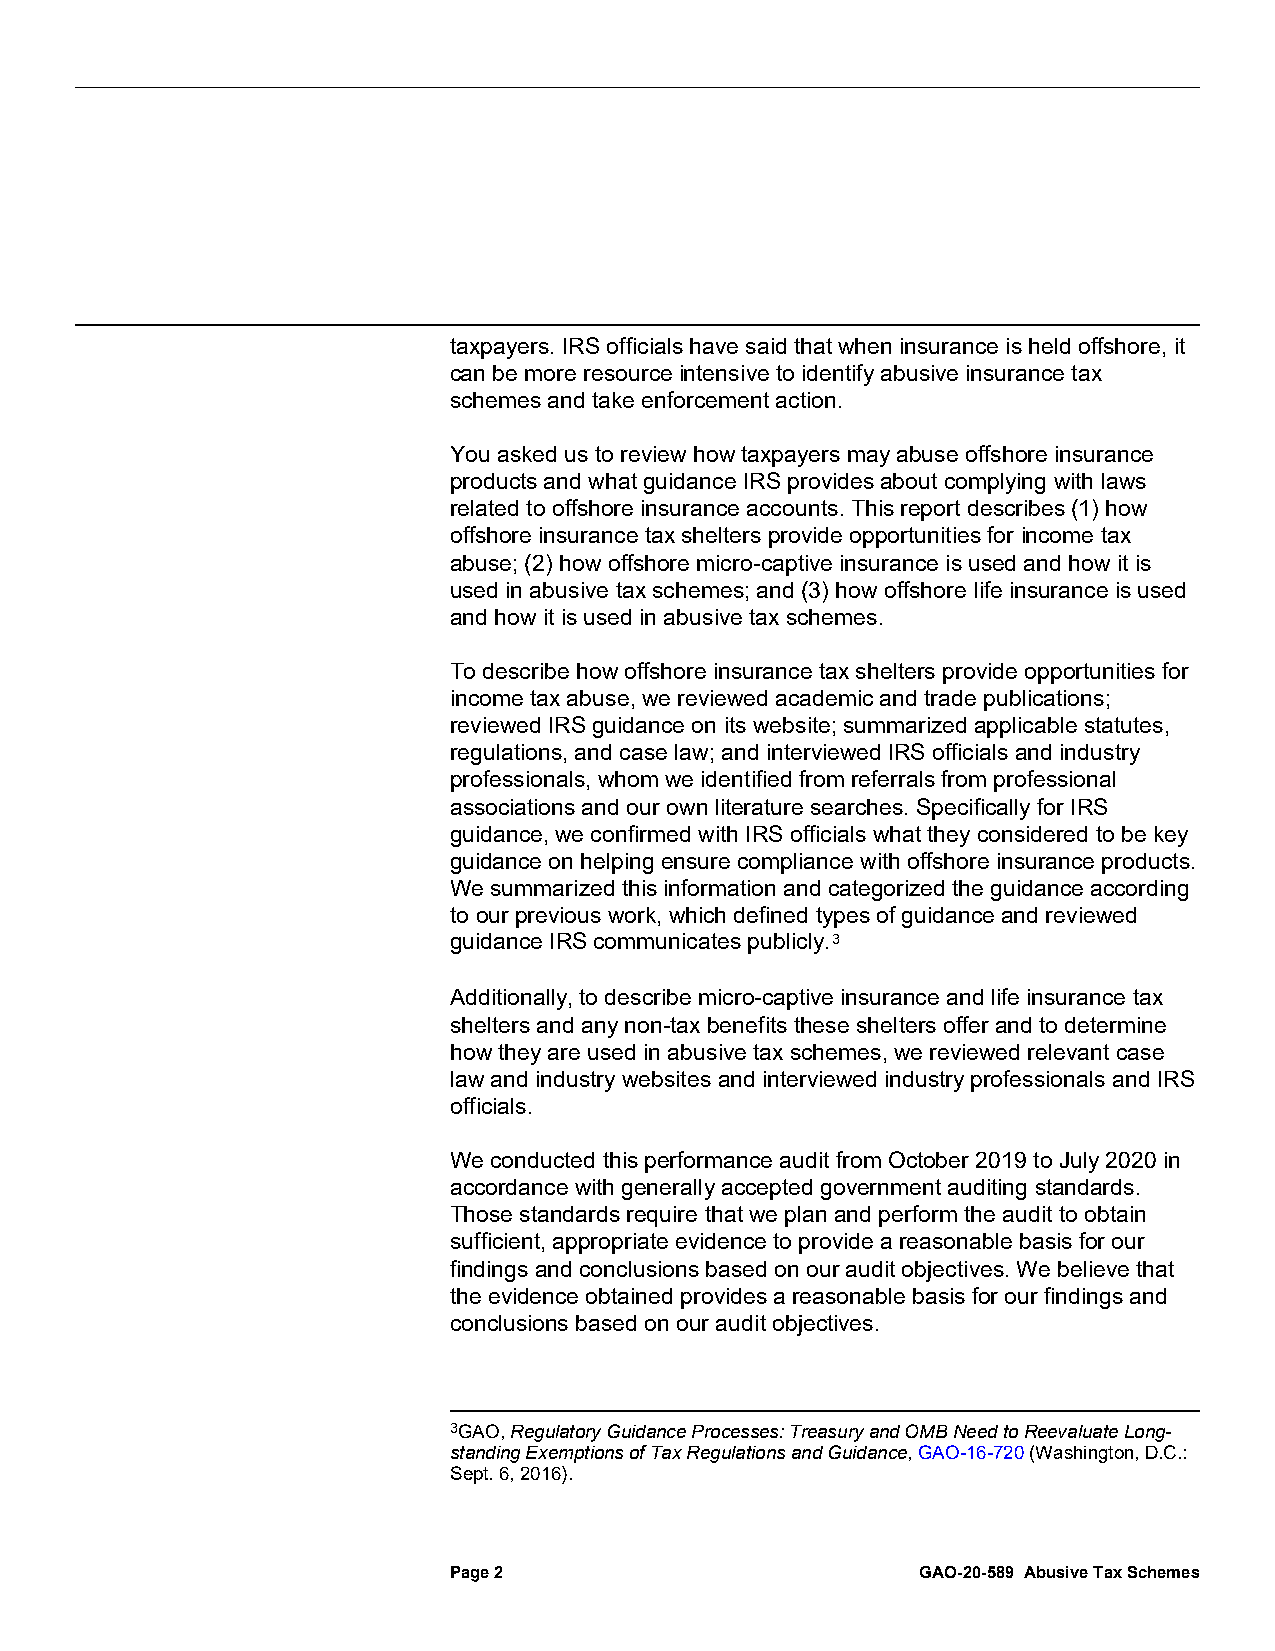
taxpayers. IRS officials have said that when insurance is held offshore, it
 can be more resource intensive to identify abusive insurance tax
 schemes and take enforcement action.
 You asked us to review how taxpayers may abuse offshore insurance
 products and what guidance IRS provides about complying with laws
 related to offshore insurance accounts. This report describes (1) how
 offshore insurance tax shelters provide opportunities for income tax
 abuse; (2) how offshore micro-captive insurance is used and how it is
 used in abusive tax schemes; and (3) how offshore life insurance is used
 and how it is used in abusive tax schemes.
 To describe how offshore insurance tax shelters provide opportunities for
 income tax abuse, we reviewed academic and trade publications;
 reviewed IRS guidance on its website; summarized applicable statutes,
 regulations, and case law; and interviewed IRS officials and industry
 professionals, whom we identified from referrals from professional
 associations and our own literature searches. Specifically for IRS
 guidance, we confirmed with IRS officials what they considered to be key
 guidance on helping ensure compliance with offshore insurance products.
 We summarized this information and categorized the guidance according
 to our previous work, which defined types of guidance and reviewed
 guidance IRS communicates publicly.3
 Additionally, to describe micro-captive insurance and life insurance tax
 shelters and any non-tax benefits these shelters offer and to determine
 how they are used in abusive tax schemes, we reviewed relevant case
 law and industry websites and interviewed industry professionals and IRS
 officials.
 We conducted this performance audit from October 2019 to July 2020 in
 accordance with generally accepted government auditing standards.
 Those standards require that we plan and perform the audit to obtain
 sufficient, appropriate evidence to provide a reasonable basis for our
 findings and conclusions based on our audit objectives. We believe that
 the evidence obtained provides a reasonable basis for our findings and
 conclusions based on our audit objectives.
 3GAO, Regulatory Guidance Processes: Treasury and OMB Need to Reevaluate Long-
 standing Exemptions of Tax Regulations and Guidance, GAO-16-720 (Washington, D.C.:
 Sept. 6, 2016).
 Page 2                         GAO-20-589 Abusive Tax Schemes